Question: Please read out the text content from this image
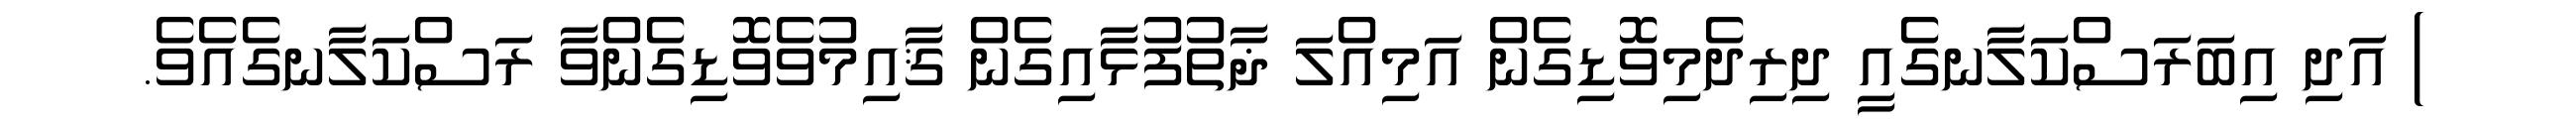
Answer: ) އަދި އިބަރަސްކަލާނގެއީ ދިރިދެމިވޮޑިގެން އަމިއްލަ ޛާތުފުޅާއިގެން ޤާއިމުވެވޮޑިގެންވާ ރަސްކަލާނގެއެވެ.